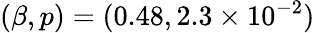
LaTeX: (\beta,p)=(0.48,2.3\times 10^{-2})